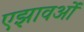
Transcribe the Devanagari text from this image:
एझावओं